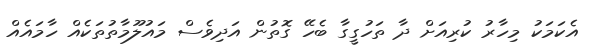
އެކަމަކު މިހާރު ކުރިއަށް ދާ ތަހުގީގާ ބެހޭ ގޮތުން އަދިވެސް މައުލޫމާތުތަކެއް ހާމައެއް